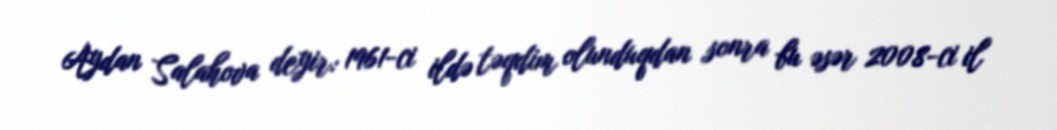
Aydan Salahova deyir: 1961-ci ildə təqdim olunduqdan sonra bu əsər 2008-ci il